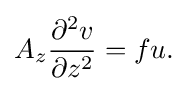
A_{z}{\frac {\partial ^{2}v}{\partial z^{2}}}=fu.\,\!